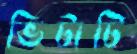
ভিটাটি